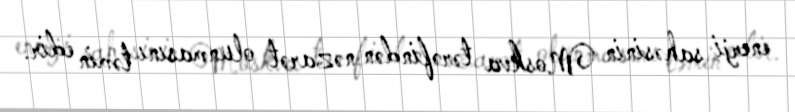
enerji sahəsinin Moskva tərəfindən nəzarət olunmasını təmin edir.